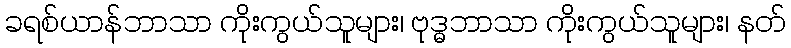
ခရစ်ယာန်ဘာသာ ကိုးကွယ်သူများ၊ ဗုဒ္ဓဘာသာ ကိုးကွယ်သူများ၊ နတ်